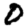
Digit: 0